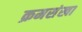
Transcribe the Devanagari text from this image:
क्रमसंखा